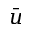
\bar { u }